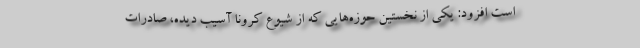
است افزود: یکی از نخستین حوزه‌هایی که از شیوع کرونا آسیب دیده، صادرات